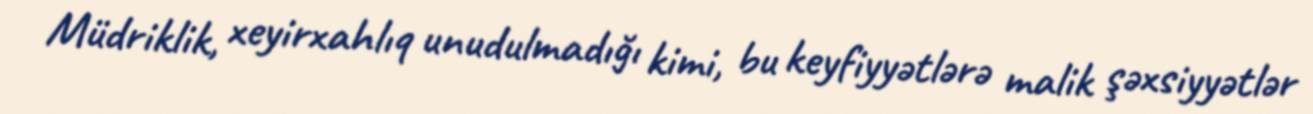
Müdriklik, xeyirxahlıq unudulmadığı kimi, bu keyfiyyətlərə malik şəxsiyyətlər